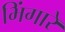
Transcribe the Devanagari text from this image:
भिंगारे